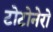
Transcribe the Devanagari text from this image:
टोटोनेरो